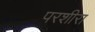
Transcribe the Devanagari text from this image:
परशीरा